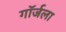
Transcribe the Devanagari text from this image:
गॉर्जला